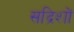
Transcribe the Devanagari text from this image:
सद्रिशों